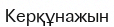
Керқұнажын